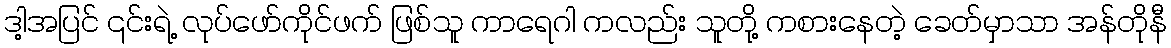
ဒါ့အပြင် ၎င်းရဲ့ လုပ်ဖော်ကိုင်ဖက် ဖြစ်သူ ကာရေဂါ ကလည်း သူတို့ ကစားနေတဲ့ ခေတ်မှာသာ အန်တိုနီ